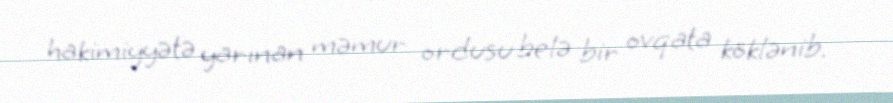
hakimiyyətə yarınan məmur ordusu belə bir ovqata köklənib.